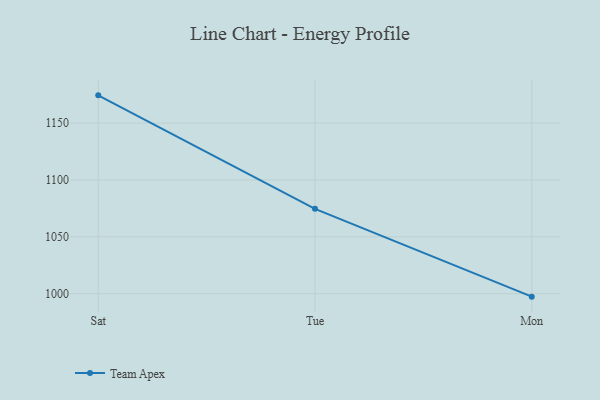
{"axis": {"x": "Day", "y": "Gross Profit (USD K)"}, "legend": ["Team Apex"], "data": [{"x": "Sat", "y": 1174.4, "type": "Team Apex"}, {"x": "Tue", "y": 1074.6, "type": "Team Apex"}, {"x": "Mon", "y": 997.4, "type": "Team Apex"}]}